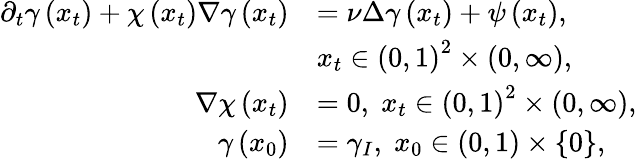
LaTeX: \begin{array}{rl}{\partial_{t}\gamma\left(x_{t}\right)+\chi\left(x_{t}\right)\nabla\gamma\left(x_{t}\right)}&{=\nu\Delta\gamma\left(x_{t}\right)+\psi\left(x_{t}\right),}\\ &{x_{t}\in\left(0,1\right)^{2}\times\left(0,\infty\right),}\\ {\nabla\chi\left(x_{t}\right)}&{=0,\; x_{t}\in\left(0,1\right)^{2}\times\left(0,\infty\right),}\\ {\gamma\left(x_{0}\right)}&{=\gamma_{I},\; x_{0}\in\left(0,1\right)\times\{ 0\} ,}\end{array}